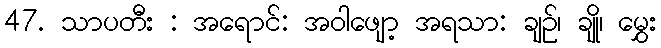
47. သာပတီး : အရောင်: အဝါဖျော့ အရသာ: ချဉ်၊ ချို၊ မွှေး